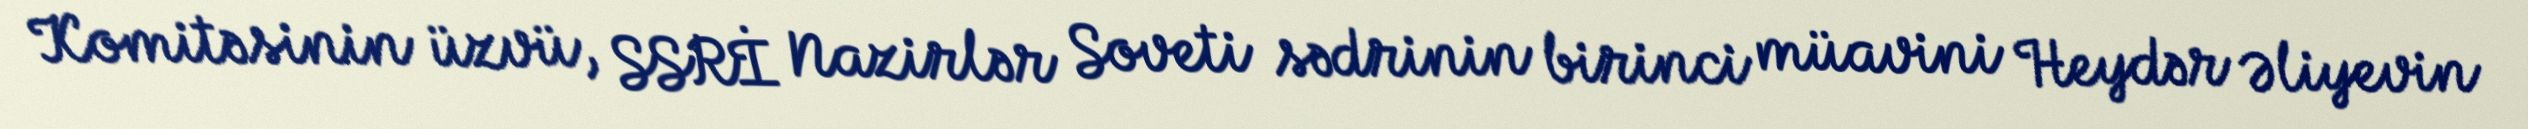
Komitəsinin üzvü, SSRİ Nazirlər Soveti sədrinin birinci müavini Heydər Əliyevin